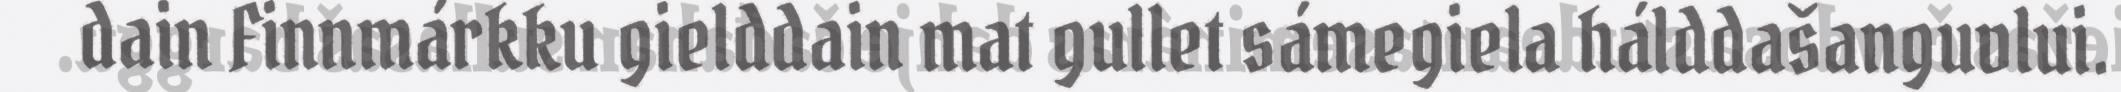
dain Finnmárkku gielddain mat gullet sámegiela hálddašanguvlui.